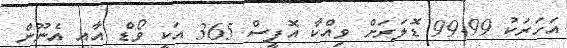
އަހަރަކު 99.99 ޑޮލަރަށް ވިއްކާ އޮފީސް 365 އަކީ ވޯޑް އާއި އެނޫން